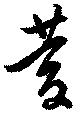
慶